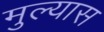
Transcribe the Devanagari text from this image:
मुल्यास